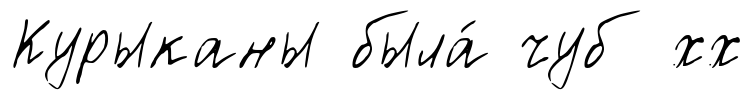
Курыканы была́ чуб хх